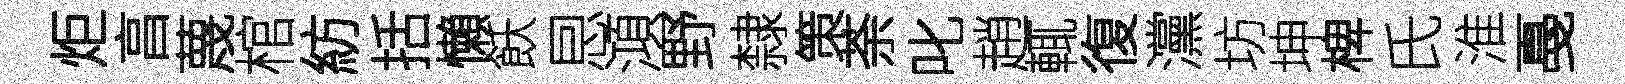
炬亯蔑棺紡括懶飫㤙澒野隸策荼叱趙輒復灙坊坤椑氏淮戞